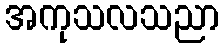
အကုသလသညာ